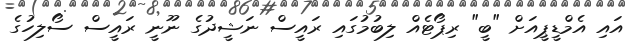
އައި އެމްޑީޕީއަށް "ބީ" ރިޕޯޓެއް ލިބުމުގައި ރައީސް ނަޝީދުގެ ނޫނީ ރައީސް ސޯލިހުގެ